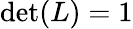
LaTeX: \operatorname*{det}(L)=1